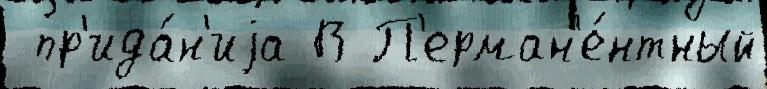
 пр'ида́н'иjа В П'ерман'е́нтный